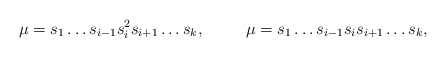
\begin{align*}&\mu=s_1 \dots s_{i-1} s_i^2 s_{i+1} \dots s_k,&&\mu=s_1 \dots s_{i-1} s_i s_{i+1} \dots s_k,&\end{align*}